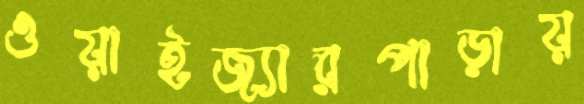
ওয়াইজ্যারপাড়ায়